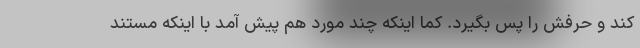
کند و حرفش را پس بگیرد. کما اینکه چند مورد هم پیش آمد با اینکه مستند